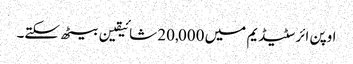
اوپن ائر سٹیڈیم میں 20,000 شائیقین بیٹھ سکتے۔